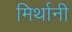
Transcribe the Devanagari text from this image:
मिर्थानी